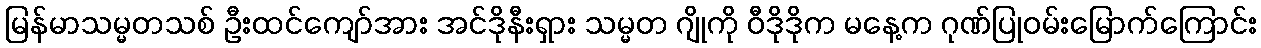
မြန်မာသမ္မတသစ် ဦးထင်ကျော်အား အင်ဒိုနီးရှား သမ္မတ ဂျိုကို ဝီဒိုဒိုက မနေ့က ဂုဏ်ပြုဝမ်းမြောက်ကြောင်း